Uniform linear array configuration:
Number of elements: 24
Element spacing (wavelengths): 0.25
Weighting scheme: exponential
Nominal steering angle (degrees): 30
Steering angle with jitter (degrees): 29.024
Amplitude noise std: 0.05
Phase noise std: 0.05

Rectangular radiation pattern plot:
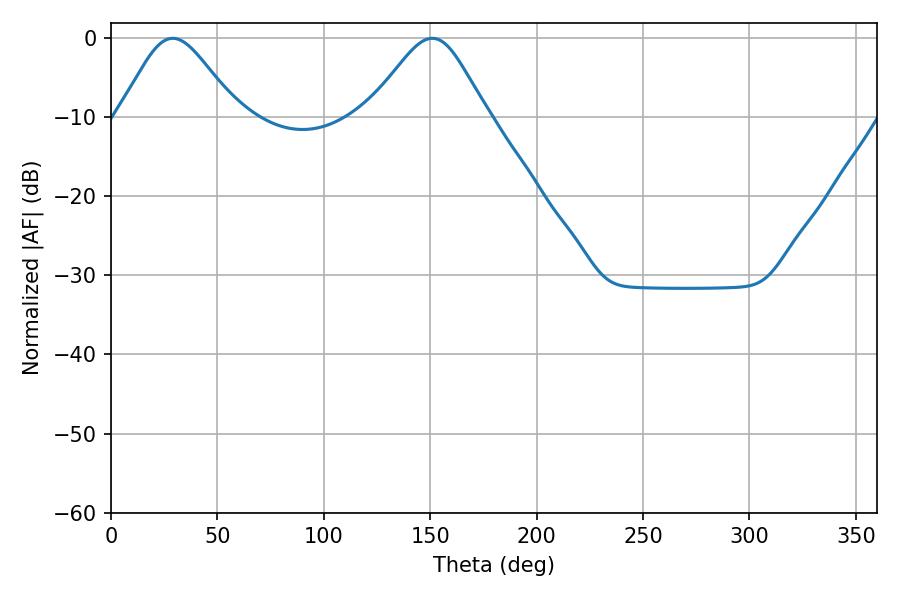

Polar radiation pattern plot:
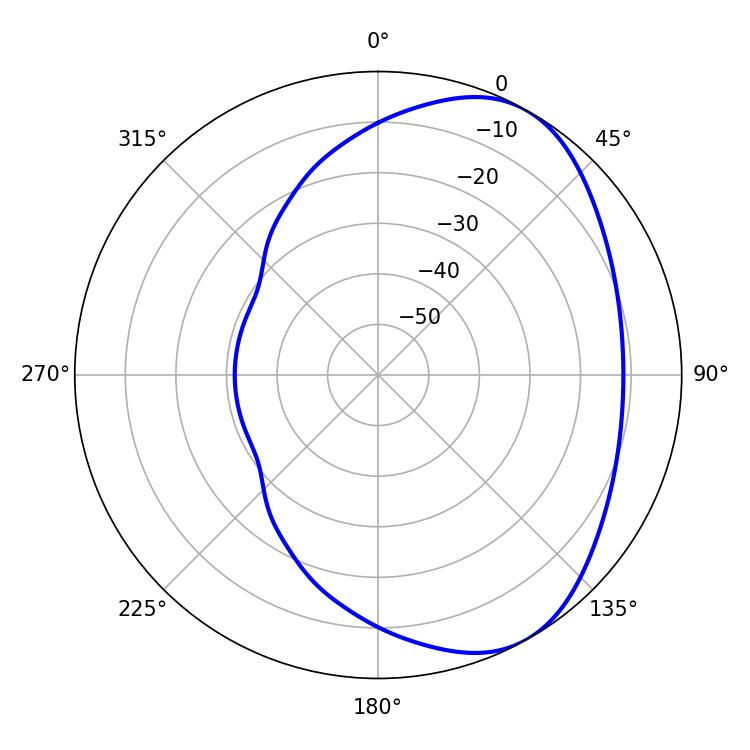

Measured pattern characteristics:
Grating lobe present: FALSE
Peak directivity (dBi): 5.104
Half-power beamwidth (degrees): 27.36
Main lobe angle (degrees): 151.02